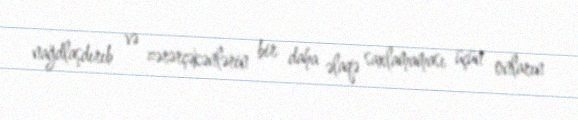
nağdlaşdırıb və zərərçəkənlərin bir daha əlaqə saxlamaması üçün onların